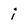
Character: i